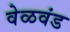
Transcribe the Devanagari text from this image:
वेळवंड